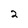
Character: 2